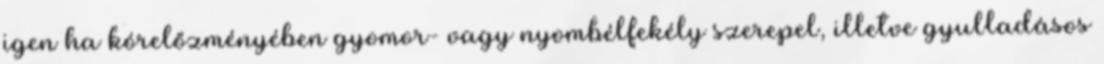
igen ha kórelőzményében gyomor- vagy nyombélfekély szerepel, illetve gyulladásos